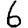
Digit: 6